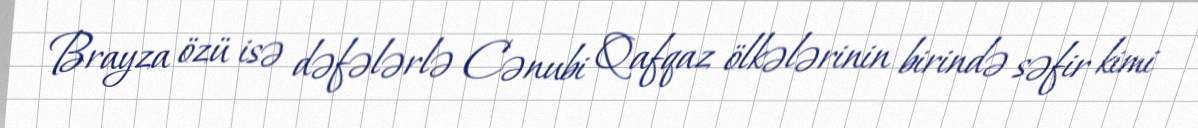
Brayza özü isə dəfələrlə Cənubi Qafqaz ölkələrinin birində səfir kimi